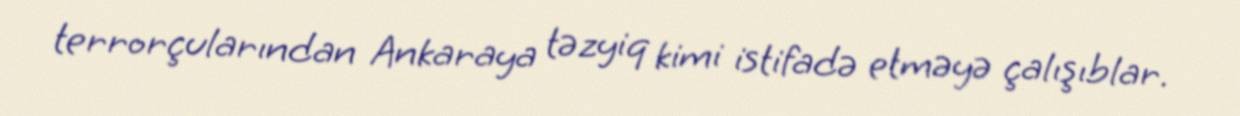
terrorçularından Ankaraya təzyiq kimi istifadə etməyə çalışıblar.